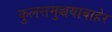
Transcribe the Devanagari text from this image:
कुलसमुच्चयाबाहेर